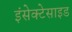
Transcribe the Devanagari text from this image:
इंसेक्टेसाइड